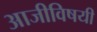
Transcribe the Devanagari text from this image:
आजीविषयी